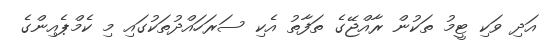
އަދި ވަކި ޓީމު ތަކުން ރާއްޖޭގެ ތަފާތު އެކި ސަރަހައްދުތަކުގައި މި ކެމްޕެއިންގެ